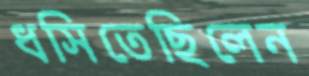
ধসিতেছিলেন